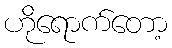
ဟိုရောက်တော့